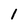
Character: 1